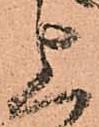
上